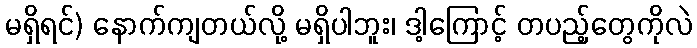
မရှိရင်) နောက်ကျတယ်လို့ မရှိပါဘူး၊ ဒါ့ကြောင့် တပည့်တွေကိုလဲ